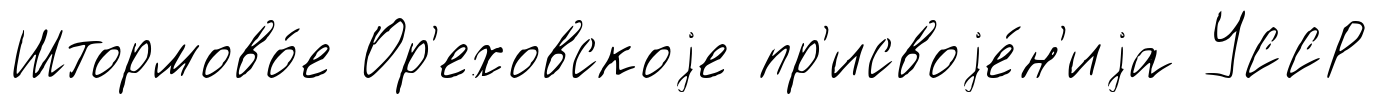
Штормово́е Ор'еховскоjе пр'исвоjе́н'иjа УССР